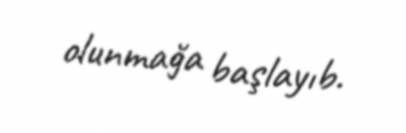
olunmağa başlayıb.